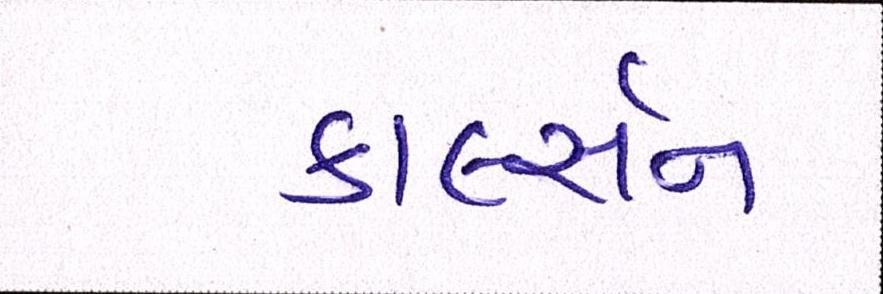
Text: કાર્લ્સન